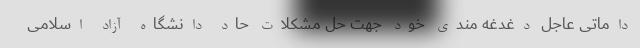
داماتی عاجل دغدغه‌ مندی خود جهت حل مشکلات حاد دانشگاه آزاد اسلامی